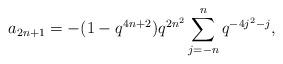
LaTeX: \begin{align*} a_{2n+1} = -(1-q^{4n+2})q^{2n^2}\sum_{j=-n}^{n}q^{-4j^2-j},\end{align*}